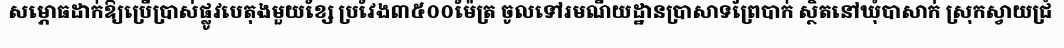
សម្ភោធដាក់ឱ្យប្រើប្រាស់ផ្លូវបេតុងមួយខ្សែ ប្រវែង៣៥០០ម៉ែត្រ ចូលទៅរមណីយដ្ឋានប្រាសាទព្រៃបាក់ ស្ថិតនៅឃុំបាសាក់ ស្រុកស្វាយជ្រំ